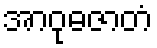
အာဝုဓဇာတံ